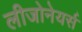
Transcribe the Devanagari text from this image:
लीजोनेयर्स